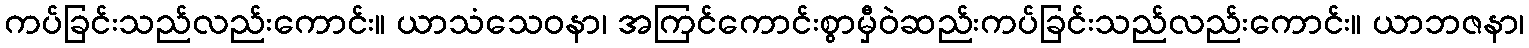
ကပ်ခြင်းသည်လည်းကောင်း။ ယာသံသေဝနာ၊ အကြင်ကောင်းစွာမှီဝဲဆည်းကပ်ခြင်းသည်လည်းကောင်း။ ယာဘဇနာ၊